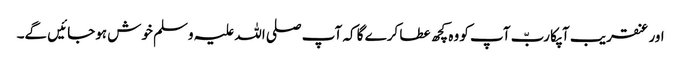
اور عنقریب آپکا ربّ آپ کو وہ کچھ عطا کرے گا کہ آپ صلی اللہ علیہ وسلم خوش ہوجائیں گے۔